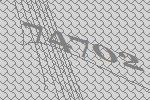
74702